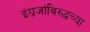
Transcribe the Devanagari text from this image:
इंग्रजांविरुद्धच्या